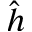
\hat { h }